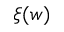
\xi ( w )